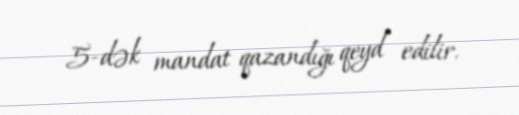
5-dək mandat qazandığı qeyd edilir.